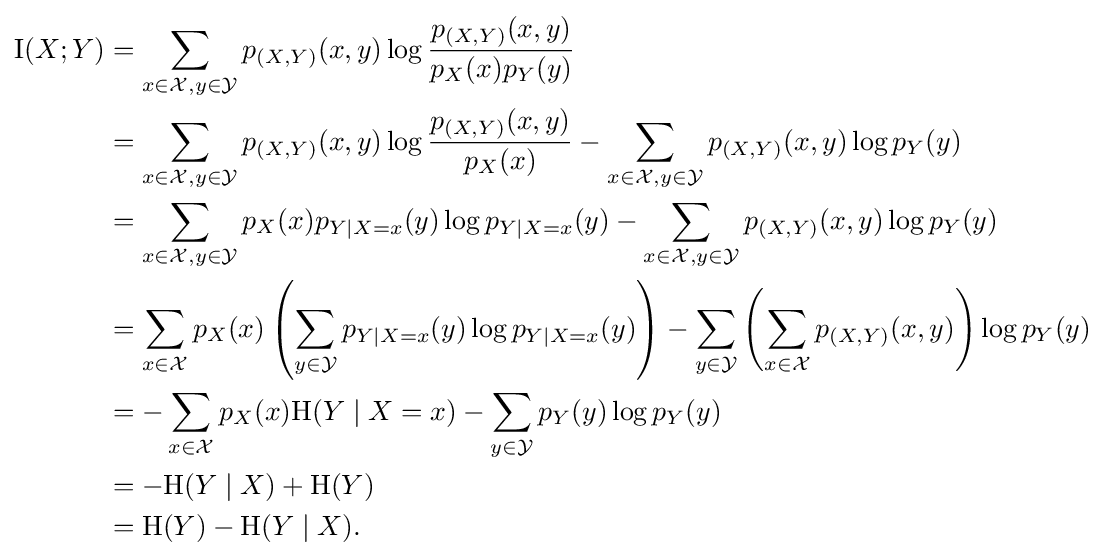
{\begin{aligned}\operatorname {I} (X;Y)&{}=\sum _{x\in {\mathcal {X}},y\in {\mathcal {Y}}}p_{(X,Y)}(x,y)\log {\frac {p_{(X,Y)}(x,y)}{p_{X}(x)p_{Y}(y)}}\\&{}=\sum _{x\in {\mathcal {X}},y\in {\mathcal {Y}}}p_{(X,Y)}(x,y)\log {\frac {p_{(X,Y)}(x,y)}{p_{X}(x)}}-\sum _{x\in {\mathcal {X}},y\in {\mathcal {Y}}}p_{(X,Y)}(x,y)\log p_{Y}(y)\\&{}=\sum _{x\in {\mathcal {X}},y\in {\mathcal {Y}}}p_{X}(x)p_{Y\mid X=x}(y)\log p_{Y\mid X=x}(y)-\sum _{x\in {\mathcal {X}},y\in {\mathcal {Y}}}p_{(X,Y)}(x,y)\log p_{Y}(y)\\&{}=\sum _{x\in {\mathcal {X}}}p_{X}(x)\left(\sum _{y\in {\mathcal {Y}}}p_{Y\mid X=x}(y)\log p_{Y\mid X=x}(y)\right)-\sum _{y\in {\mathcal {Y}}}\left(\sum _{x\in {\mathcal {X}}}p_{(X,Y)}(x,y)\right)\log p_{Y}(y)\\&{}=-\sum _{x\in {\mathcal {X}}}p_{X}(x)\mathrm {H} (Y\mid X=x)-\sum _{y\in {\mathcal {Y}}}p_{Y}(y)\log p_{Y}(y)\\&{}=-\mathrm {H} (Y\mid X)+\mathrm {H} (Y)\\&{}=\mathrm {H} (Y)-\mathrm {H} (Y\mid X).\\\end{aligned}}